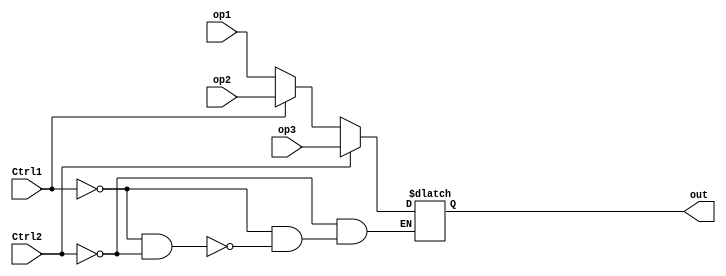
`timescale 1ns / 1ps
//////////////////////////////////////////////////////////////////////////////////
// Company: 
// Engineer: 
// 
// Design Name: 
// Module Name:    mux32_32
// Project Name: 
// Target Devices: 
// Tool versions: 
// Description: 
//
// Dependencies: 
//
// Revision: 
// Revision 0.01 - File Created
// Additional Comments: 
//
//////////////////////////////////////////////////////////////////////////////////
module mux32_2(
input wire[31:0]op1, op2,op3, 
input wire Ctrl1,Ctrl2,
output reg[31:0]out
);
	always @* begin
		if(~Ctrl1&&~Ctrl2)
			out=op1;
		if(Ctrl1)
			out=op2;
		if(Ctrl2)
			out=op3;
	end
endmodule